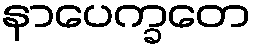
နာပေက္ခတေ